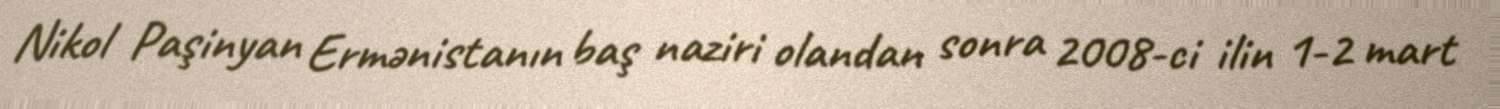
Nikol Paşinyan Ermənistanın baş naziri olandan sonra 2008-ci ilin 1-2 mart